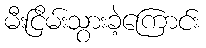
မီးငြိမ်းသွားခဲ့ကြောင်း